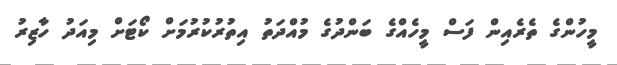
މީހުންގެ ތެރެއިން ފަސް މީހެއްގެ ބަންދުގެ މުއްދަތު އިތުރުކުރުމަށް ކޯޓަށް މިއަދު ހާޒިރު